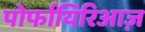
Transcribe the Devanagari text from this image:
पोर्फायिरिआज़